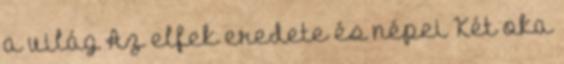
a világ Az elfek eredete és népei Két oka